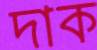
দাক